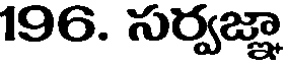
196. సర్వజ్ఞా